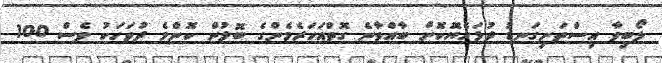
ލޯބިވާ އިސްތަށިގަނޑު ދުޅަހެޔޮކޮށް ބާއްވާނެ ގޮތްއަހަރެމެންގެ ބޮލުން ކޮންމެ ދުވަހަކު ވެސް 100